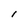
Character: I